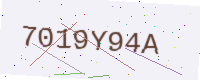
Text: 7019Y94A